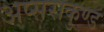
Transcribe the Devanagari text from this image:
अप्सराकुण्ड